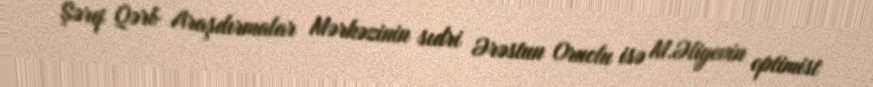
Şərq Qərb Araşdırmalar Mərkəzinin sıdri Ərəstun Oruclu isə M.Əliyevin optimist